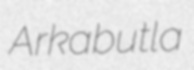
Arkabutla